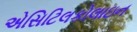
એસિટિલકોલાઇન